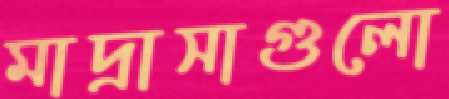
মাদ্রাসাগুলো